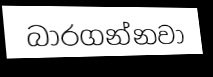
බාරගන්නවා